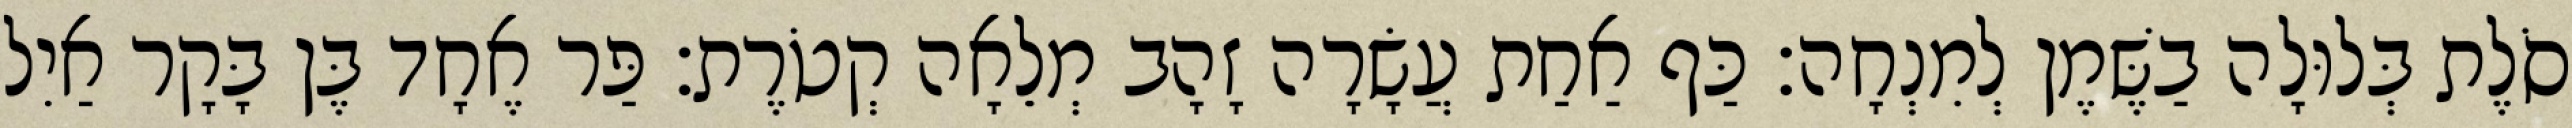
סֹלֶת בְּלוּלָה בַשֶּׁמֶן לְמִנְחָה׃ כַּף אַחַת עֲשָׂרָה זָהָב מְלֵאָה קְטֹרֶת׃ פַּר אֶחָד בֶּן בָּקָר אַיִל